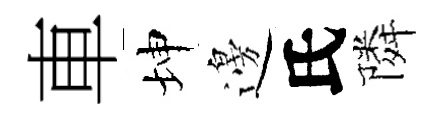
車坤邊氏隣